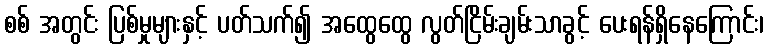
စစ် အတွင်း ပြစ်မှုများနှင့် ပတ်သက်၍ အထွေထွေ လွတ်ငြိမ်းချမ်းသာခွင့် ပေးရန်ရှိနေကြောင်း၊